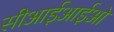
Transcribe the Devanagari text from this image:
सीआईआईओ